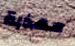
مهذبة